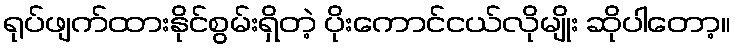
ရုပ်ဖျက်ထားနိုင်စွမ်းရှိတဲ့ ပိုးကောင်ငယ်လိုမျိုး ဆိုပါတော့။